Trukikaitis_Postimees, lk 18
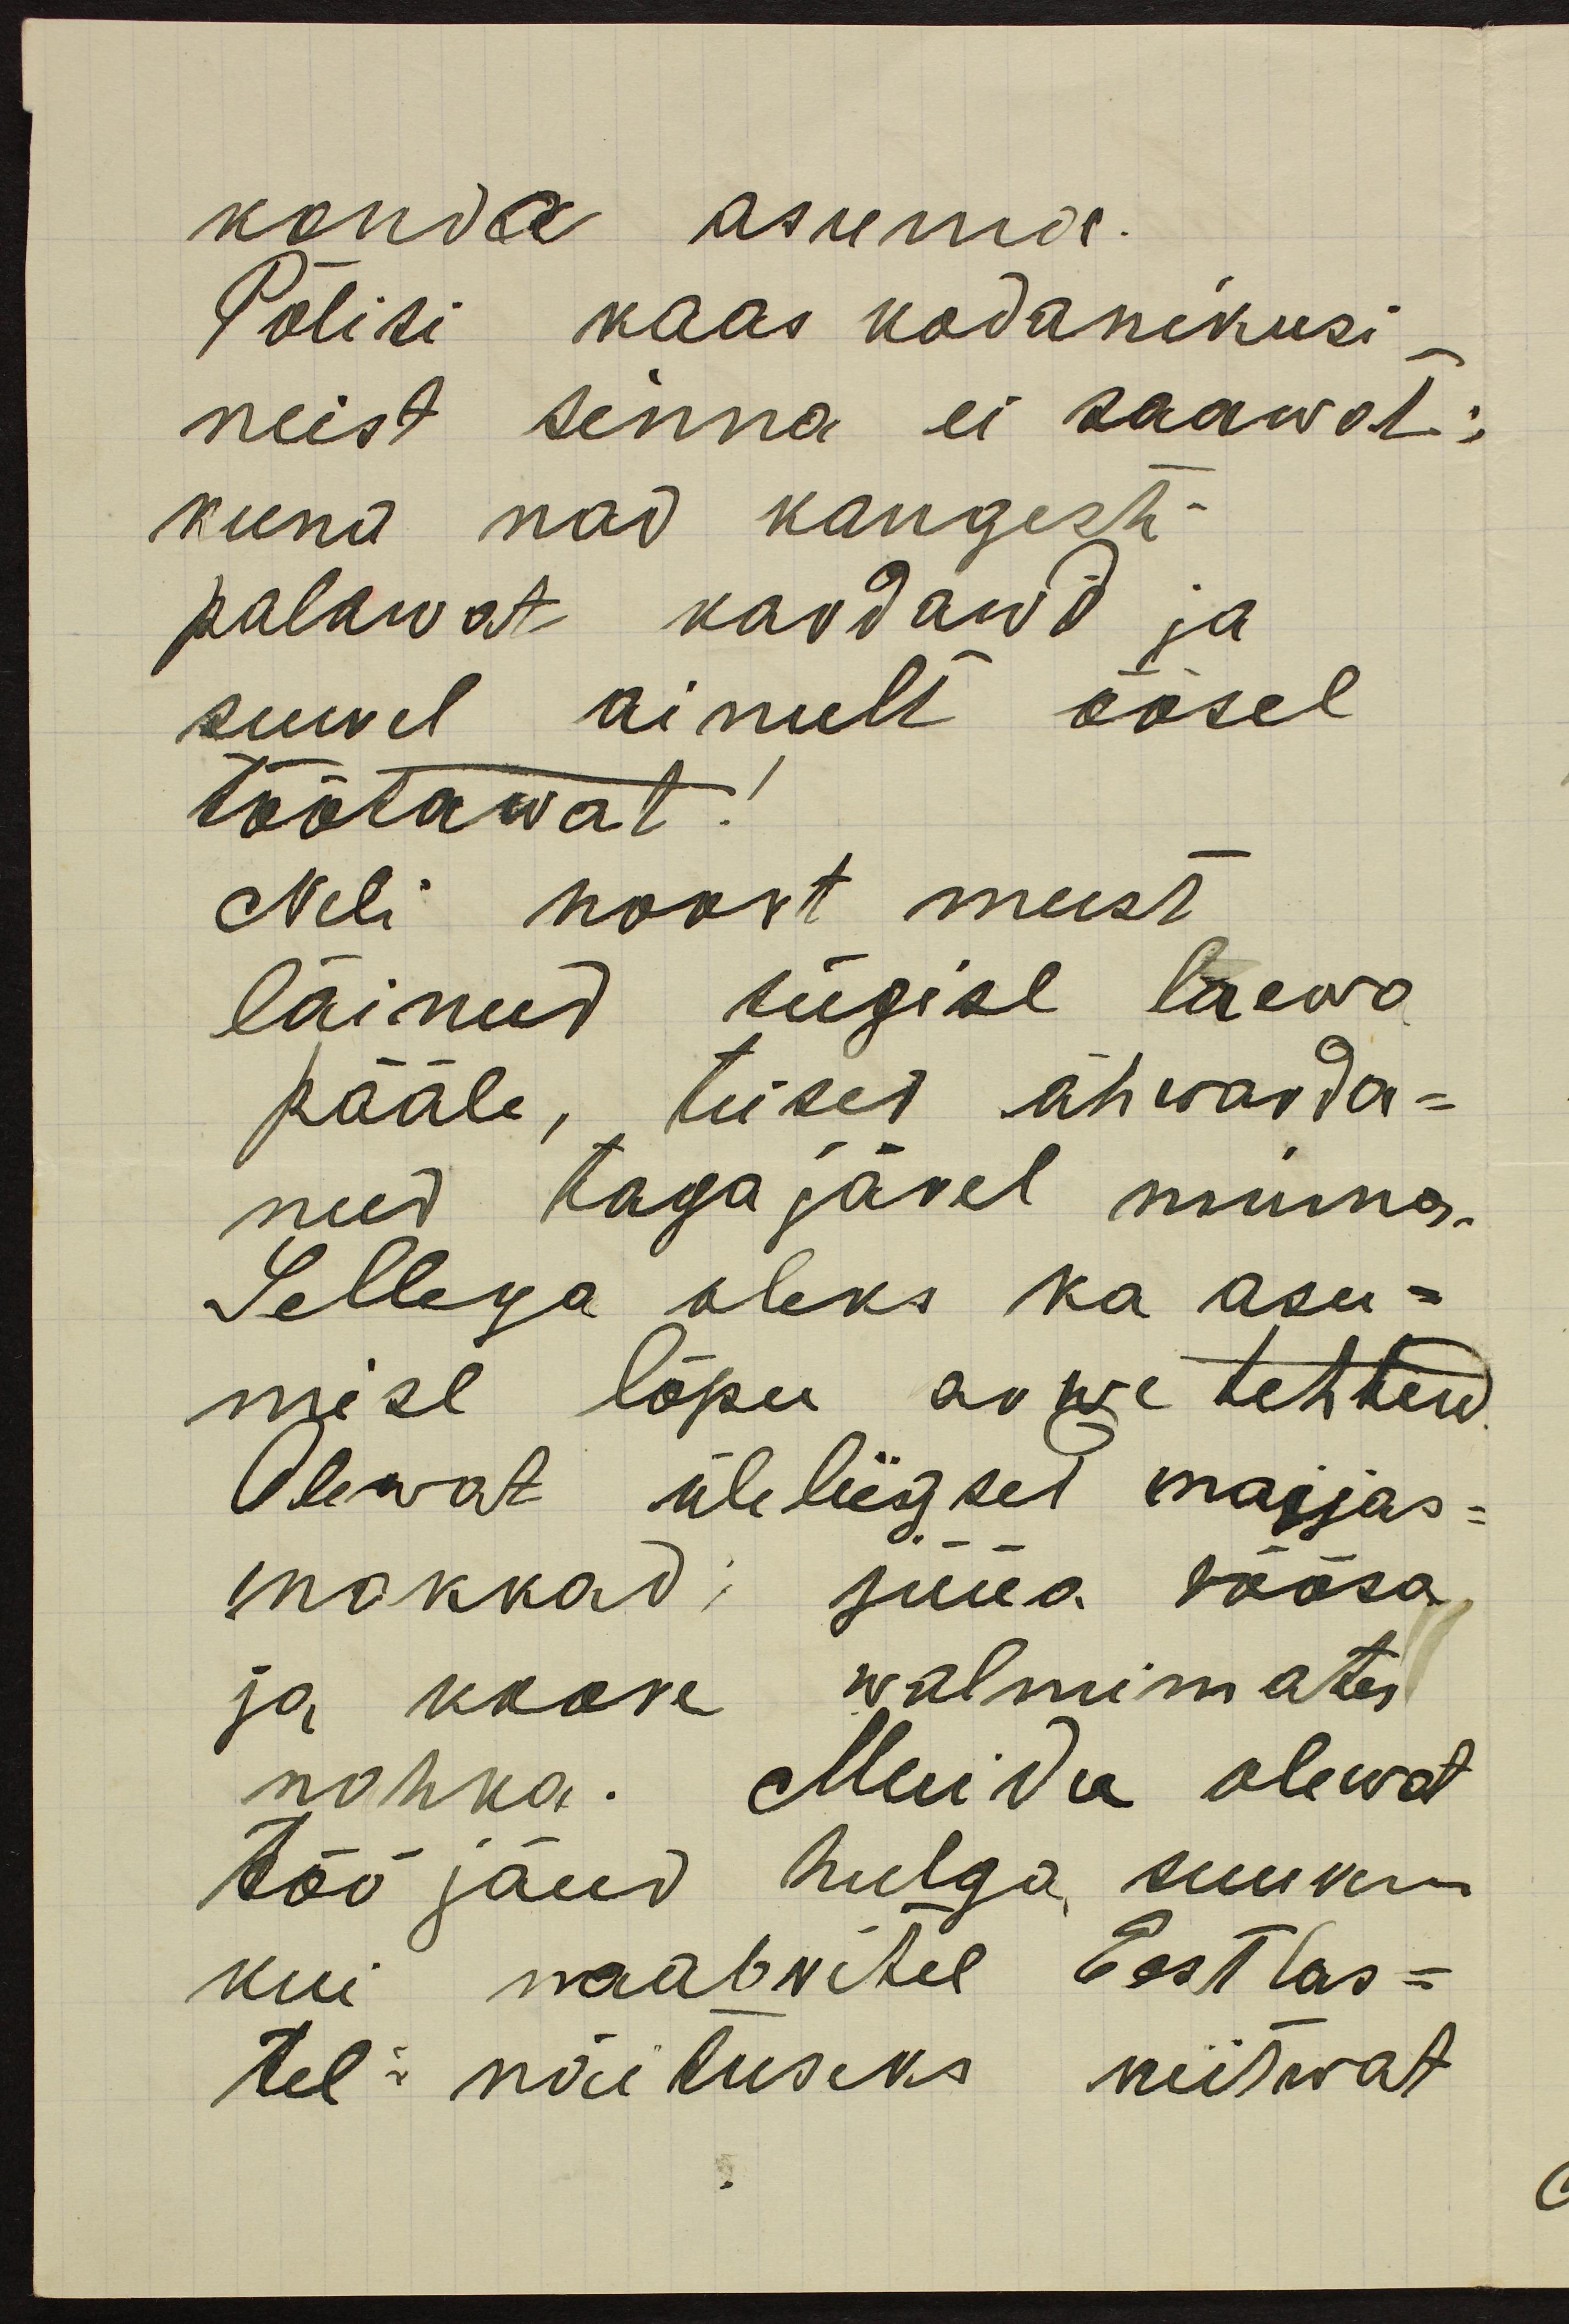
konda asuma.
Põlisi kaas kodanikusi
neist sinna ei saawat:
kuna nad kangesti
palawat kardawd ja
suwel ainult öösel
töötawat!
Neli noort meest
läinud sügise laewa
pääle, teises ähwarda-
nud tagajärel minna.
Sellega oleks ka asu-
mise lõpu arwe tehtud
Olewat üleliigset majjas-
mokkad; süüa rõõsa
ja koore walmimates.
nahka. Muidu olewat
töö jõud hulga suurem
kui naabritel Eestlas-
tel näituseks niitwat